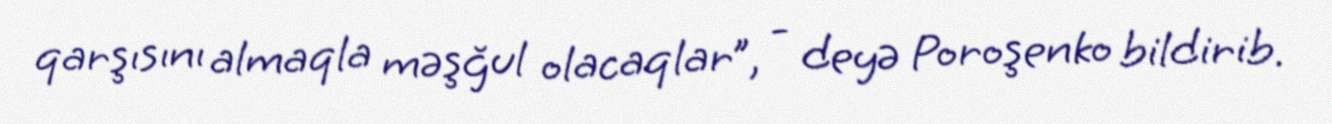
qarşısını almaqla məşğul olacaqlar”, - deyə Poroşenko bildirib.